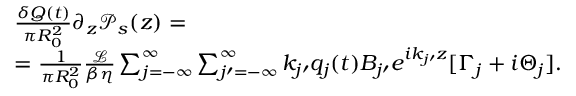
\begin{array} { r l } & { \frac { \delta Q ( t ) } { \pi R _ { 0 } ^ { 2 } } \partial _ { z } \mathcal { P } _ { s } ( z ) = } \\ & { = \frac { 1 } { \pi R _ { 0 } ^ { 2 } } \frac { \mathcal { L } } { \beta \eta } \sum _ { j = - \infty } ^ { \infty } \sum _ { j \prime = - \infty } ^ { \infty } k _ { j \prime } q _ { j } ( t ) B _ { j \prime } e ^ { i k _ { j \prime } z } [ \Gamma _ { j } + i \Theta _ { j } ] . } \end{array}